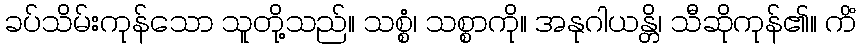
ခပ်သိမ်းကုန်သော သူတို့သည်။ သစ္စံ၊ သစ္စာကို။ အနုဂါယန္တိ၊ သီဆိုကုန်၏။ ကိံ